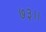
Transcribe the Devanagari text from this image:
७३।।